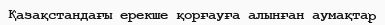
Қазақстандағы ерекше қорғауға алынған аумақтар